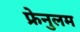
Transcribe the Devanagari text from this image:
फ्रेनुलम